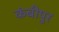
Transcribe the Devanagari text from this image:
कंबीपुर